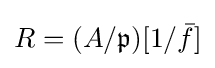
R=(A/{\mathfrak {p}})[1/{\bar {f}}]